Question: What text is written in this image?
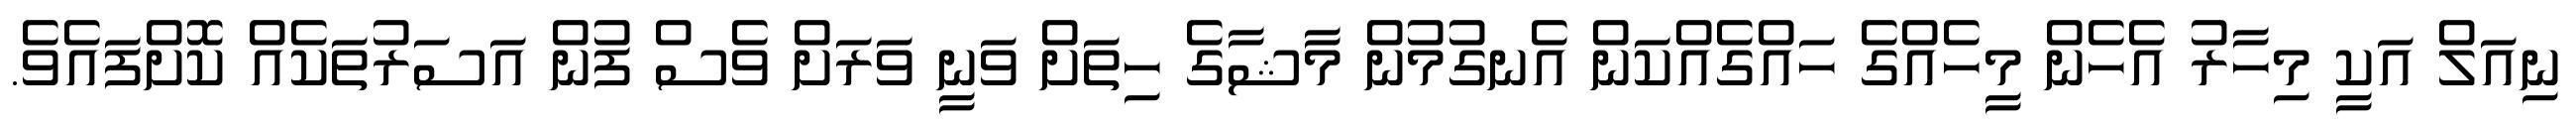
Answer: ނިއަލް އަކީ މިހާރު އެހެން މީހެއްގެ ހައްގެއްކަން އެނގުމުން މާޝާގެ ހިތަށް ވަނީ ވަރަށް ވެސް ފުން އަސަރުތަކެއް ކޮށްފައެވެ.